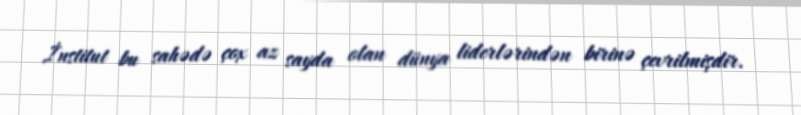
İnstitut bu sahədə çox az sayda olan dünya liderlərindən birinə çevrilmişdir.